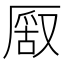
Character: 𠪔